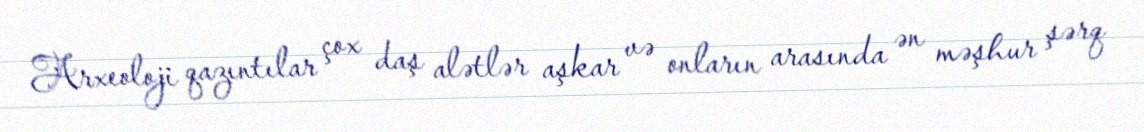
Arxeoloji qazıntılar çox daş alətlər aşkar və onların arasında ən məşhur şərq